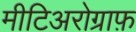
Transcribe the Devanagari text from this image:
मीटिअरोग्राफ़